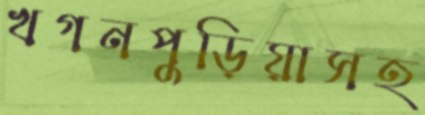
খগনপুড়িয়াসহ